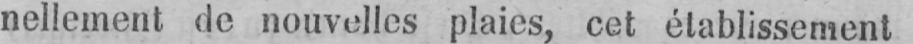
nellement de nouvelles plaies, cet établissement